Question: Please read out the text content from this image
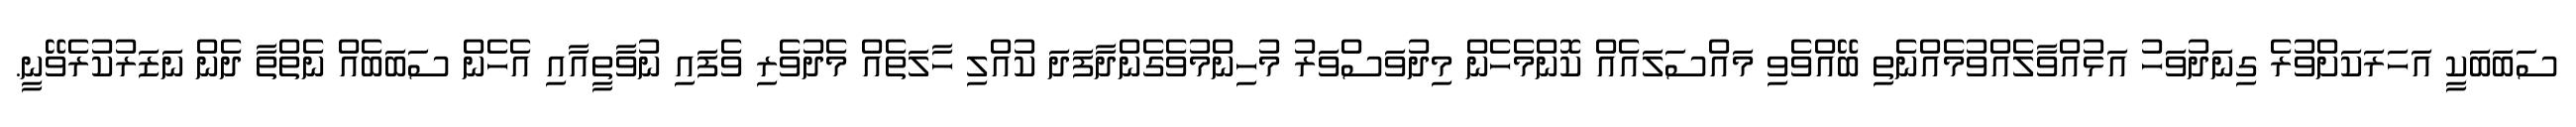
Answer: ސަބަބަކީ އަހަރަކަށްވުރެ ގިނަދުވަހު އަޅުއްވާލެއްވުމެއްނެތި ބޭއްވެވި މައްސަލައެއް ކޮންމެހެން މިދުވަސްވަރު މުހިންމުވެގެންދާފަދަ ކުއްލި ހާލަތެއް މެދުވެރި ވެފައި ނުވާތީއާއި އެހެން ސަބަބެއް ނެތްތާ ދެން ނަޒަރުކުރެވޭނީ.